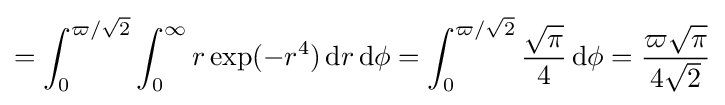
=\int _{0}^{\varpi /{\sqrt {2}}}\int _{0}^{\infty }r\exp(-r^{4})\,\mathrm {d} r\,\mathrm {d} \phi =\int _{0}^{\varpi /{\sqrt {2}}}{\frac {\sqrt {\pi }}{4}}\,\mathrm {d} \phi ={\frac {\varpi {\sqrt {\pi }}}{4{\sqrt {2}}}}